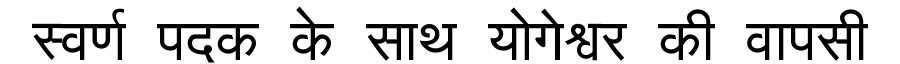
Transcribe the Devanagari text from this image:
स्वर्ण पदक के साथ योगेश्वर की वापसी